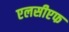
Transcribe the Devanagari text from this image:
एलसीएफ